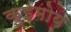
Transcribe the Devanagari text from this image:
कुइमोय